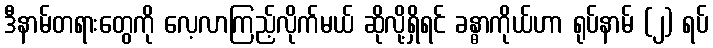
ဒီနာမ်တရားတွေကို လေ့လာကြည့်လိုက်မယ် ဆိုလို့ရှိရင် ခန္ဓာကိုယ်ဟာ ရုပ်နာမ် (၂) ရပ်